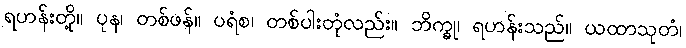
ရဟန်းတို့။ ပုန၊ တစ်ဖန်။ ပရံစ၊ တစ်ပါးတုံလည်း။ ဘိက္ခု၊ ရဟန်းသည်။ ယထာသုတံ၊